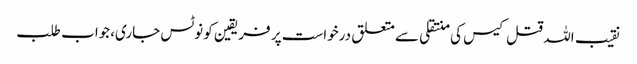
نقیب اللہ قتل کیس کی منتقلی سے متعلق درخواست پر فریقین کو نوٹس جاری،جواب طلب